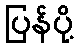
ပြန်ပို့